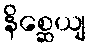
နိစ္ဆေယျ